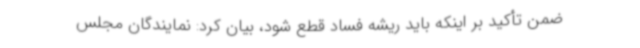
ضمن تأکید بر اینکه باید ریشه فساد قطع شود، بیان کرد: نمایندگان مجلس